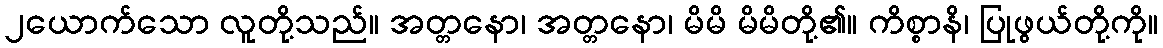
၂ယောက်သော လူတို့သည်။ အတ္တနော၊ အတ္တနော၊ မိမိ မိမိတို့၏။ ကိစ္စာနိ၊ ပြုဖွယ်တို့ကို။